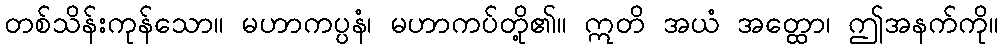
တစ်သိန်းကုန်သော။ မဟာကပ္ပနံ၊ မဟာကပ်တို့၏။ ဣတိ အယံ အတ္ထော၊ ဤအနက်ကို။